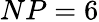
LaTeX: NP=6